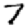
Digit: 7